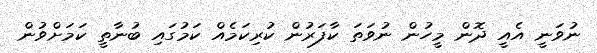
ނުވަނީ އެއީ ދޮން މީހުން ނުވަތަ ކާފަރުން ކުރިކަމެއް ކަމުގައި ބުނާތީ ކަމަށްވުން